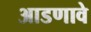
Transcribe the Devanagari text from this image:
आडणावे